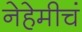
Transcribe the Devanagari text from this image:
नेहेमीचं